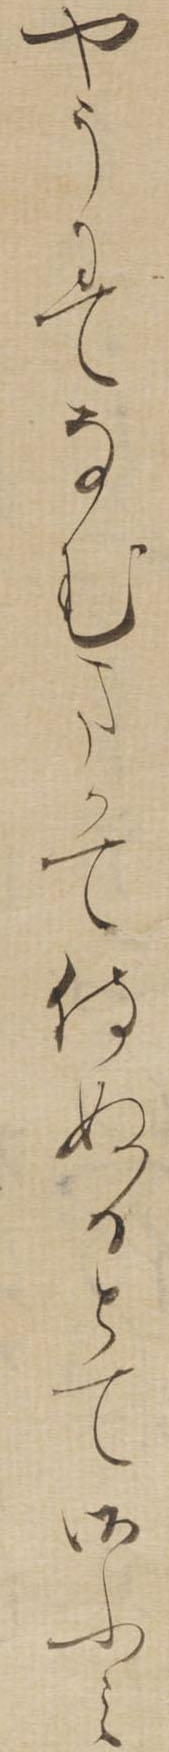
やうにてなむまかて侍ぬるとて御ふみ